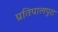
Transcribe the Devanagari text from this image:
प्रतिपालपुरा